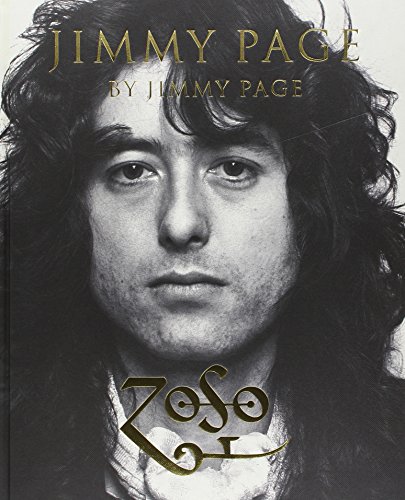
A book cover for Jimmy Page by Jimmy Page; Jimmy Page; Humor & Entertainment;